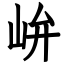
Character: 峅